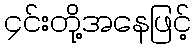
၄င်းတို့အနေဖြင့်